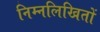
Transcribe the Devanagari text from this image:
निम्नलिखितों